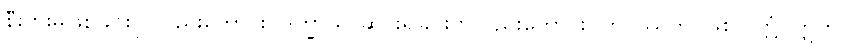
စီးပွားမဖြစ်ခြင်းငှာလည်းကောင်း။ ဒုက္ခာယ၊ ဆင်းရဲခြင်းငှာလည်းကောင်း။ ဘဝိဿတိ၊ ဖြစ်လတ္တံ့။ ဣတိ၊